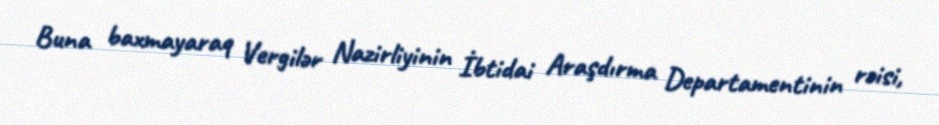
Buna baxmayaraq Vergilər Nazirliyinin İbtidai Araşdırma Departamentinin rəisi,